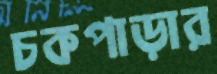
চকপাড়ার